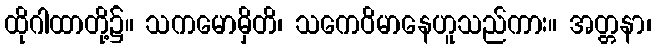
ထိုဂါထာတို့၌။ သကမောမှိတိ၊ သကေဝိမာနေဟူသည်ကား။ အတ္တနာ၊